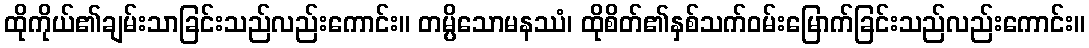
ထိုကိုယ်၏ချမ်းသာခြင်းသည်လည်းကောင်း။ တမ္ပိသောမနဿံ၊ ထိုစိတ်၏နှစ်သက်ဝမ်းမြောက်ခြင်းသည်လည်းကောင်း။